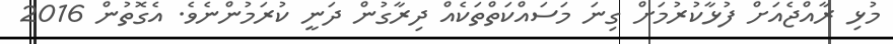
މުޅި ރާއްޖެއަށް ފުޅާކުރުމަށް ގިނަ މަސައްކަތްތަކެއް ދިރާގުން ދަނީ ކުރަމުންނެވެ. އެގޮތުން 2016